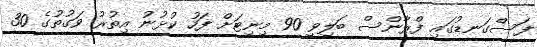
ފަސްގަނޑުގައި ފްރާންސް ބަލިވީ 90 މިނިޓަށް ފަހު ކުޅުނު އިތުރު ވަގުތުގެ 30